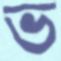
ভ